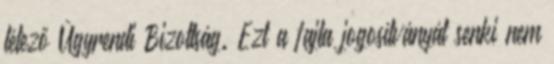
létező Ügyrendi Bizottság. Ezt a fajta jogosítványát senki nem